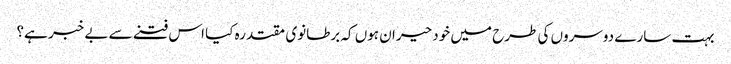
بہت سارے دوسروں کی طرح میں خود حیران ہوں کہ برطانوی مقتدرہ کیا اس فتنے سے بے خبر ہے؟